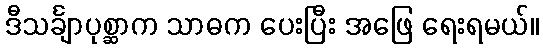
ဒီသင်္ချာပုစ္ဆာက သာဓက ပေးပြီး အဖြေ ရေးရမယ်။